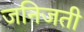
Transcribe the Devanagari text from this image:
जनिजती